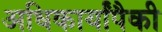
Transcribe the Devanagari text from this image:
अधिकार्यांपैकी